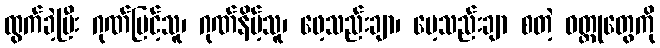
ထွက်ခဲ့ပြီး ဂုဏ်မြင့်သူ၊ ဂုဏ်နိမ့်သူ၊ ဖေ့သည်းချာ၊ မေ့သည်းချာ စတဲ့ ဝတ္ထုတွေကို